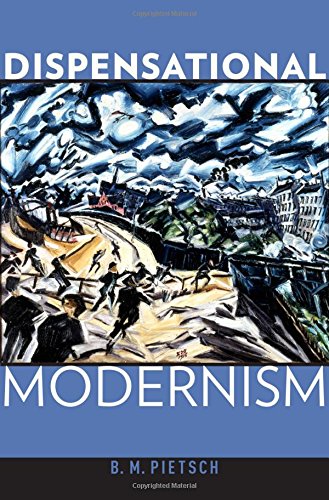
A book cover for Dispensational Modernism; B. M. Pietsch; Christian Books & Bibles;